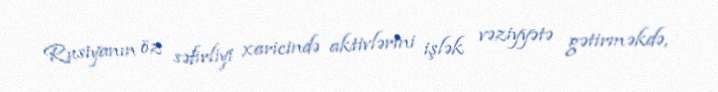
Rusiyanın öz səfirliyi xaricində aktivlərini işlək vəziyyətə gətirməkdə,